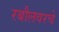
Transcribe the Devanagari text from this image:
रबौलवरचे